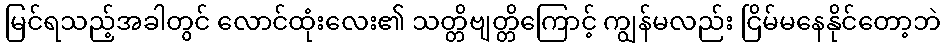
မြင်ရသည့်အခါတွင် လောင်ထုံးလေး၏ သတ္တိဗျတ္တိကြောင့် ကျွန်မလည်း ငြိမ်မနေနိုင်တော့ဘဲ